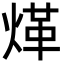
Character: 煂